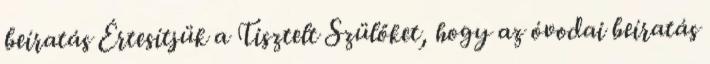
beíratás Értesítjük a Tisztelt Szülőket, hogy az óvodai beíratás